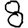
Digit: 8